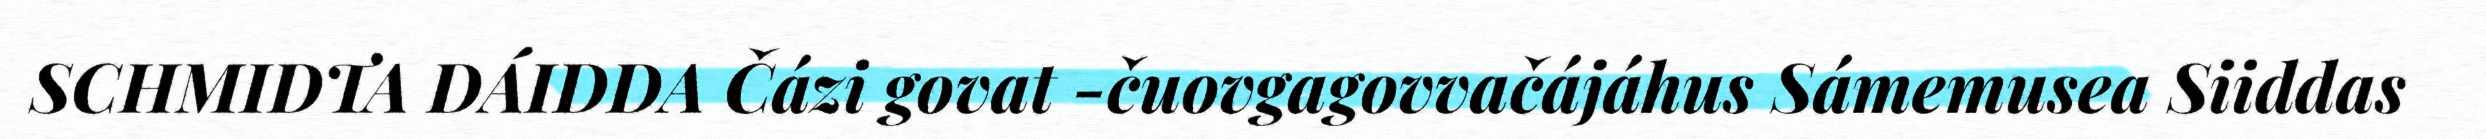
SCHMIDTA DÁIDDA Čázi govat -čuovgagovvačájáhus Sámemusea Siiddas